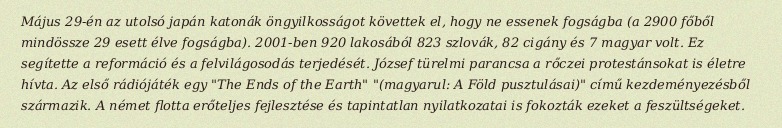
Május 29-én az utolsó japán katonák öngyilkosságot követtek el, hogy ne essenek fogságba (a 2900 főből mindössze 29 esett élve fogságba). 2001-ben 920 lakosából 823 szlovák, 82 cigány és 7 magyar volt. Ez segítette a reformáció és a felvilágosodás terjedését. József türelmi parancsa a rőczei protestánsokat is életre hívta. Az első rádiójáték egy "The Ends of the Earth" "(magyarul: A Föld pusztulásai)" című kezdeményezésből származik. A német flotta erőteljes fejlesztése és tapintatlan nyilatkozatai is fokozták ezeket a feszültségeket.